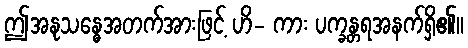
ဤအနုသန္ဓေအတက်အားဖြင့် ဟိ- ကား ပက္ခန္တရအနက်ရှိ၏။